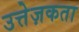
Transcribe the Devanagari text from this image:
उत्तेज़कता